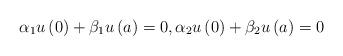
LaTeX: \begin{align*}\alpha _{1}u\left( 0\right) +\beta _{1}u\left( a\right) =0,\alpha_{2}u\left( 0\right) +\beta _{2}u\left( a\right) =0 \end{align*}